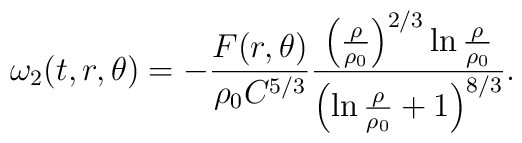
\omega_2(t,r,\theta) = - \frac{F(r,\theta)}{\rho_0 C^{5/3}}\frac{\left( \frac{\rho}{\rho_0} \right)^{2/3} \ln\frac{\rho}{\rho_0}}{\left( \ln \frac{\rho}{\rho_0} + 1\right)^{8/3}}.